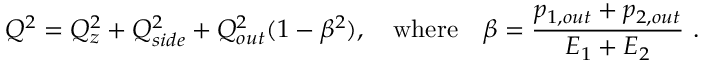
Q ^ { 2 } = Q _ { z } ^ { 2 } + Q _ { s i d e } ^ { 2 } + Q _ { o u t } ^ { 2 } ( 1 - \beta ^ { 2 } ) , \ \ \ \mathrm { { w h e r e } } \ \ \ \beta = \frac { p _ { 1 , o u t } + p _ { 2 , o u t } } { E _ { 1 } + E _ { 2 } } \ .